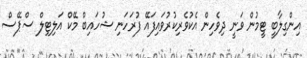
އިންގިލާބީ ޓީމުން ވަނީ ދިވެހިން އެކުވެރިކުރުވައިފައޭ ފުރަހަނި ޝުހައިބް މޭކް އަލިޓިލް ސްޕޭސް